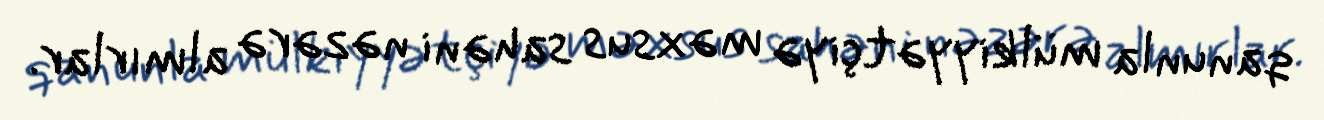
qanunla mülkiyyətçiyə məxsus sahəni nəzərə almırlar.